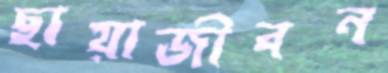
ছায়াজীবন